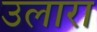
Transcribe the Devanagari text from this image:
उलारा